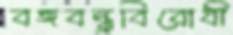
বঙ্গবন্ধুবিরোধী